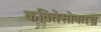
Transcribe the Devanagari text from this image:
कवितेसोबतच